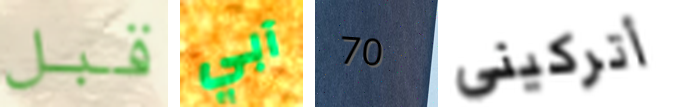
قبل آبي 70 أتركيني